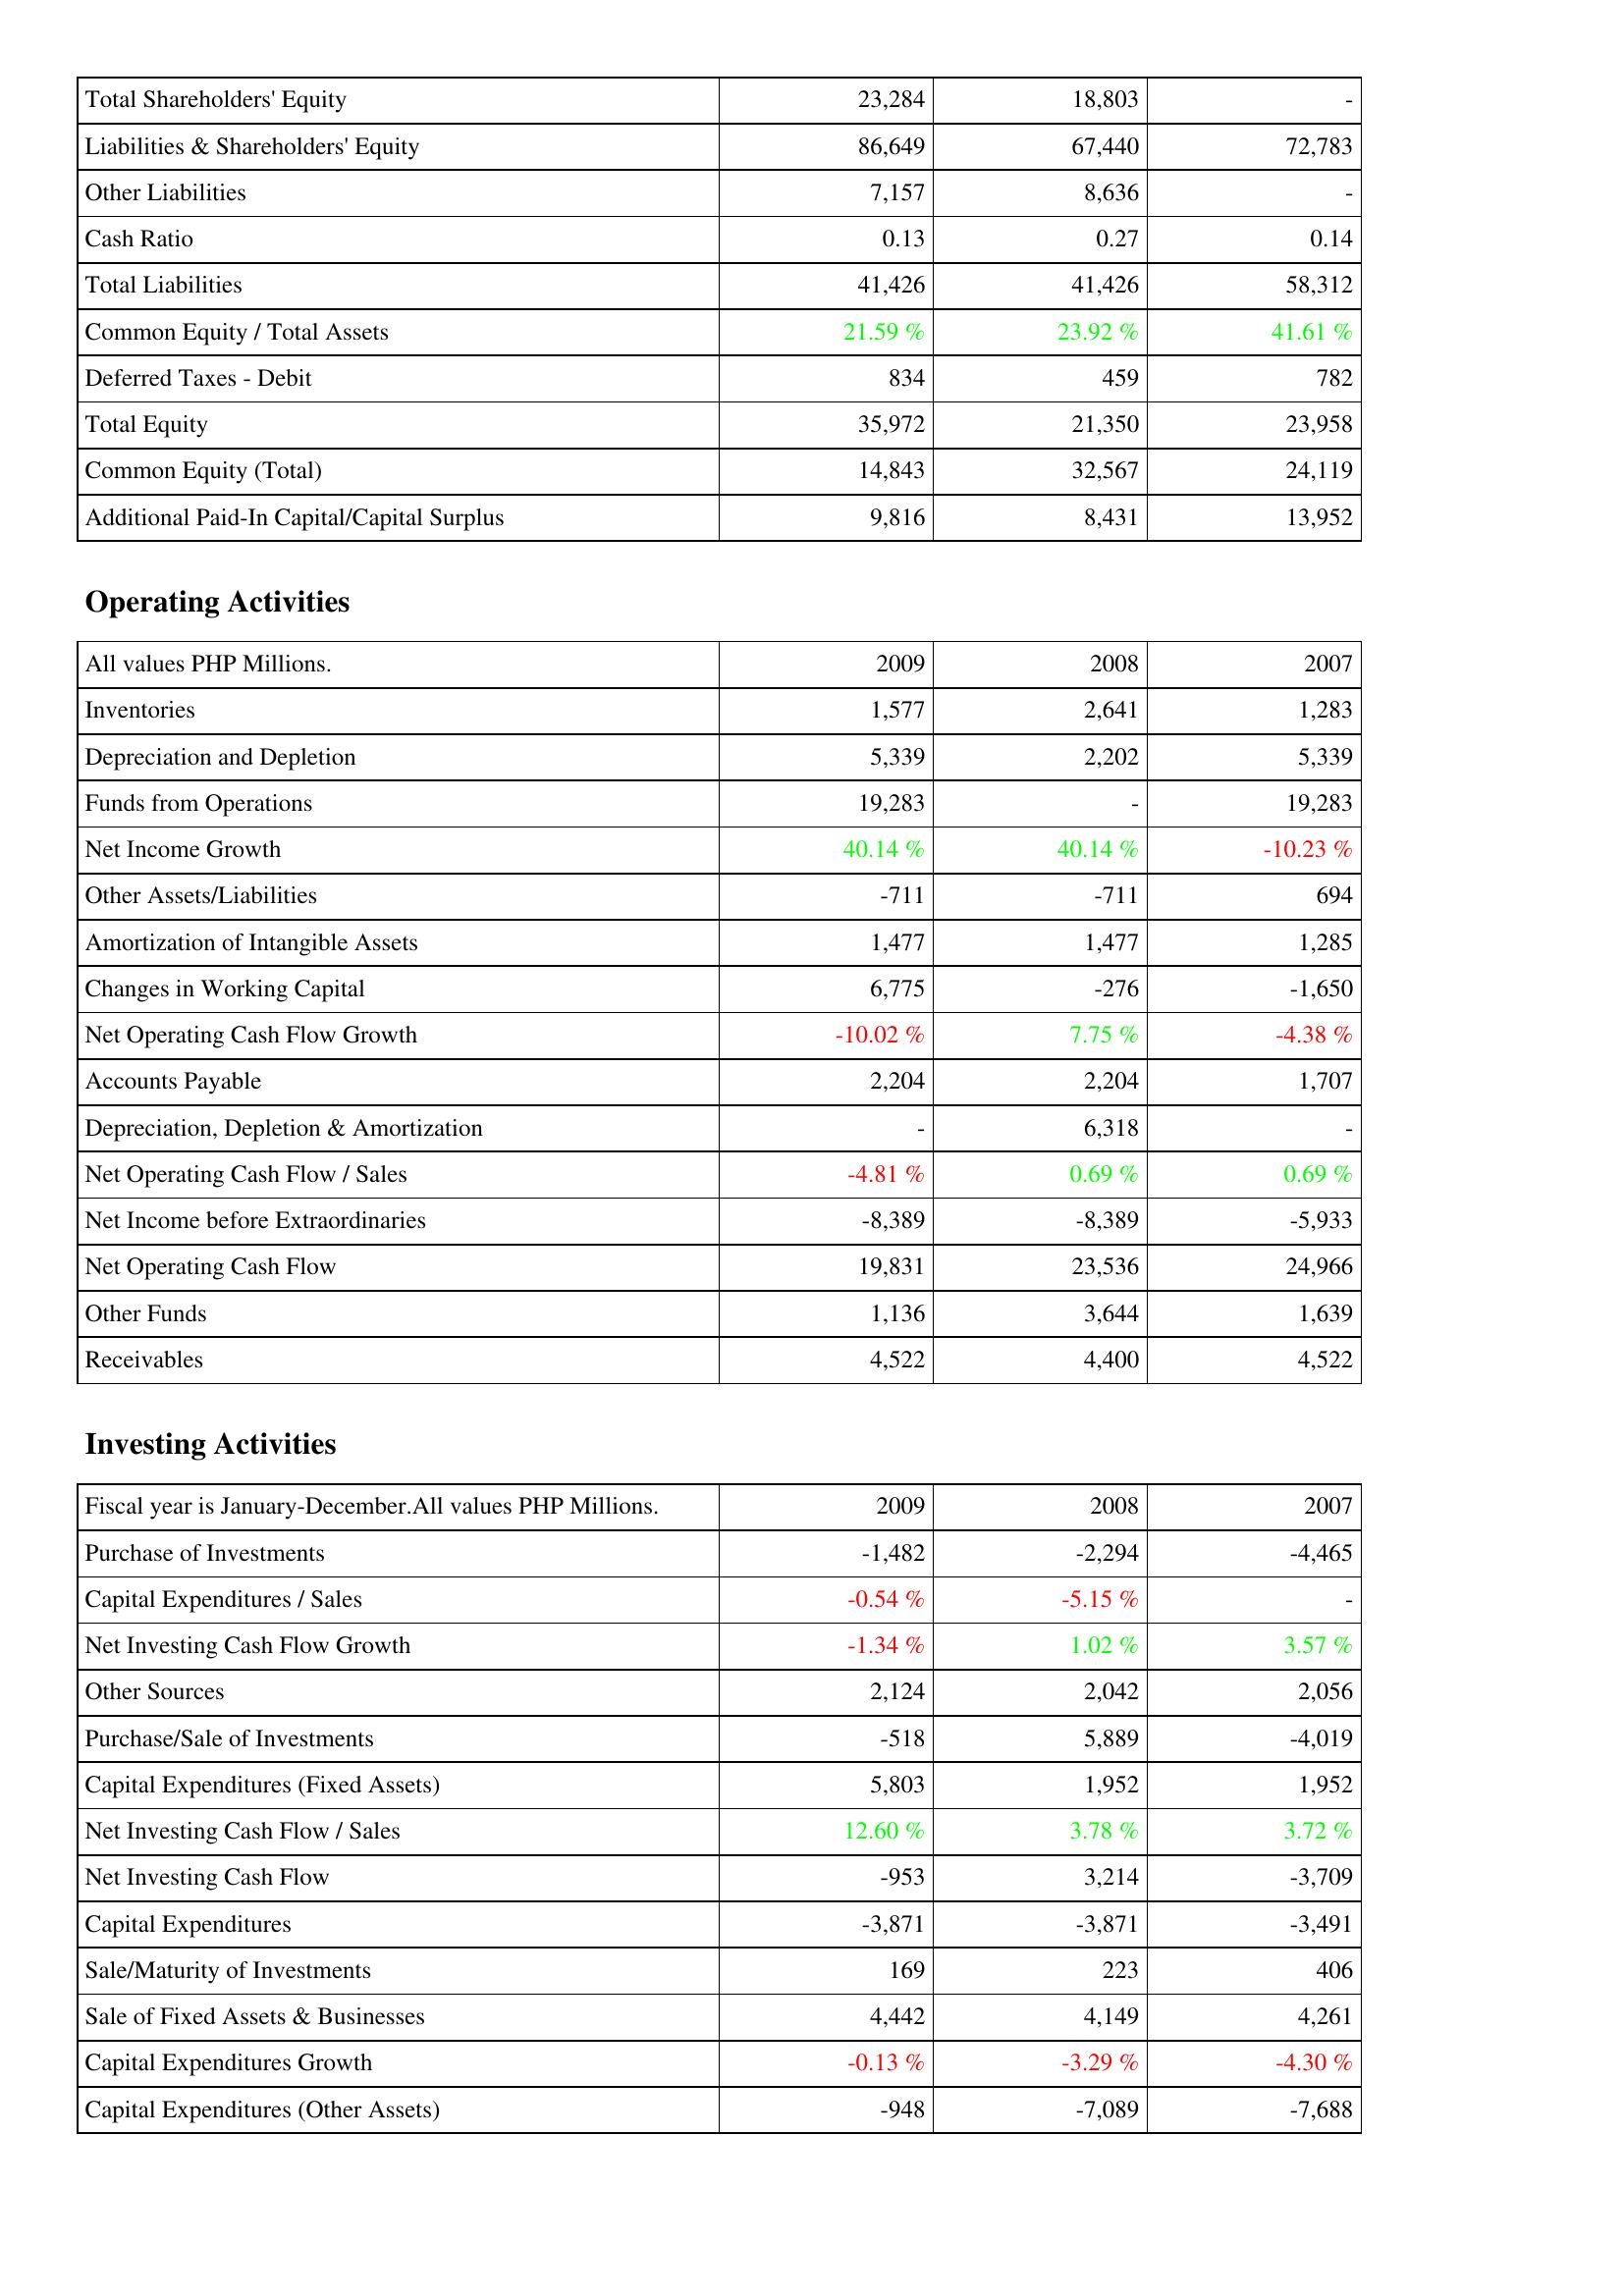
2009: Liabilities & Shareholders' Equity: Total Shareholders' Equity: 23,284
Liabilities & Shareholders' Equity: 86,649
Other Liabilities: 7,157
Cash Ratio: 0.13
Total Liabilities: 41,426
Common Equity / Total Assets: 21.59 %
Deferred Taxes - Debit: 834
Total Equity: 35,972
Common Equity (Total): 14,843
Additional Paid-In Capital/Capital Surplus: 9,816
Operating Activities: Inventories: 1,577
Depreciation and Depletion: 5,339
Funds from Operations: 19,283
Net Income Growth: 40.14 %
Other Assets/Liabilities: -711
Amortization of Intangible Assets: 1,477
Changes in Working Capital: 6,775
Net Operating Cash Flow Growth: -10.02 %
Accounts Payable: 2,204
Depreciation, Depletion & Amortization: -
Net Operating Cash Flow / Sales: -4.81 %
Net Income before Extraordinaries: -8,389
Net Operating Cash Flow: 19,831
Other Funds: 1,136
Receivables: 4,522
Investing Activities: Purchase of Investments: -1,482
Capital Expenditures / Sales: -0.54 %
Net Investing Cash Flow Growth: -1.34 %
Other Sources: 2,124
Purchase/Sale of Investments: -518
Capital Expenditures (Fixed Assets): 5,803
Net Investing Cash Flow / Sales: 12.60 %
Net Investing Cash Flow: -953
Capital Expenditures: -3,871
Sale/Maturity of Investments: 169
Sale of Fixed Assets & Businesses: 4,442
Capital Expenditures Growth: -0.13 %
Capital Expenditures (Other Assets): -948
2008: Liabilities & Shareholders' Equity: Total Shareholders' Equity: 18,803
Liabilities & Shareholders' Equity: 67,440
Other Liabilities: 8,636
Cash Ratio: 0.27
Total Liabilities: 41,426
Common Equity / Total Assets: 23.92 %
Deferred Taxes - Debit: 459
Total Equity: 21,350
Common Equity (Total): 32,567
Additional Paid-In Capital/Capital Surplus: 8,431
Operating Activities: Inventories: 2,641
Depreciation and Depletion: 2,202
Funds from Operations: -
Net Income Growth: 40.14 %
Other Assets/Liabilities: -711
Amortization of Intangible Assets: 1,477
Changes in Working Capital: -276
Net Operating Cash Flow Growth: 7.75 %
Accounts Payable: 2,204
Depreciation, Depletion & Amortization: 6,318
Net Operating Cash Flow / Sales: 0.69 %
Net Income before Extraordinaries: -8,389
Net Operating Cash Flow: 23,536
Other Funds: 3,644
Receivables: 4,400
Investing Activities: Purchase of Investments: -2,294
Capital Expenditures / Sales: -5.15 %
Net Investing Cash Flow Growth: 1.02 %
Other Sources: 2,042
Purchase/Sale of Investments: 5,889
Capital Expenditures (Fixed Assets): 1,952
Net Investing Cash Flow / Sales: 3.78 %
Net Investing Cash Flow: 3,214
Capital Expenditures: -3,871
Sale/Maturity of Investments: 223
Sale of Fixed Assets & Businesses: 4,149
Capital Expenditures Growth: -3.29 %
Capital Expenditures (Other Assets): -7,089
2007: Liabilities & Shareholders' Equity: Total Shareholders' Equity: -
Liabilities & Shareholders' Equity: 72,783
Other Liabilities: -
Cash Ratio: 0.14
Total Liabilities: 58,312
Common Equity / Total Assets: 41.61 %
Deferred Taxes - Debit: 782
Total Equity: 23,958
Common Equity (Total): 24,119
Additional Paid-In Capital/Capital Surplus: 13,952
Operating Activities: Inventories: 1,283
Depreciation and Depletion: 5,339
Funds from Operations: 19,283
Net Income Growth: -10.23 %
Other Assets/Liabilities: 694
Amortization of Intangible Assets: 1,285
Changes in Working Capital: -1,650
Net Operating Cash Flow Growth: -4.38 %
Accounts Payable: 1,707
Depreciation, Depletion & Amortization: -
Net Operating Cash Flow / Sales: 0.69 %
Net Income before Extraordinaries: -5,933
Net Operating Cash Flow: 24,966
Other Funds: 1,639
Receivables: 4,522
Investing Activities: Purchase of Investments: -4,465
Capital Expenditures / Sales: -
Net Investing Cash Flow Growth: 3.57 %
Other Sources: 2,056
Purchase/Sale of Investments: -4,019
Capital Expenditures (Fixed Assets): 1,952
Net Investing Cash Flow / Sales: 3.72 %
Net Investing Cash Flow: -3,709
Capital Expenditures: -3,491
Sale/Maturity of Investments: 406
Sale of Fixed Assets & Businesses: 4,261
Capital Expenditures Growth: -4.30 %
Capital Expenditures (Other Assets): -7,688